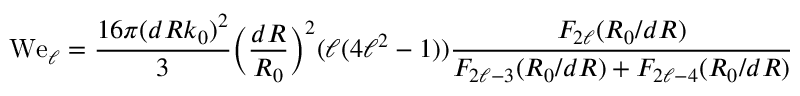
\mathrm { W e } _ { \ell } = \frac { 1 6 \pi ( d R k _ { 0 } ) ^ { 2 } } { 3 } \Big ( \frac { d R } { R _ { 0 } } \Big ) ^ { 2 } ( \ell ( 4 \ell ^ { 2 } - 1 ) ) \frac { F _ { 2 \ell } ( R _ { 0 } / d R ) } { F _ { 2 \ell - 3 } ( R _ { 0 } / d R ) + F _ { 2 \ell - 4 } ( R _ { 0 } / d R ) }